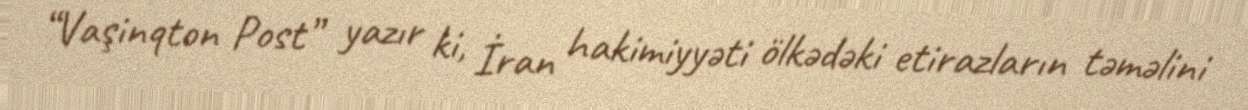
“Vaşinqton Post” yazır ki, İran hakimiyyəti ölkədəki etirazların təməlini